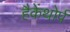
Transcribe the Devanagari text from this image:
हैकेंथोर्प